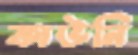
কাউনি